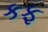
કફ